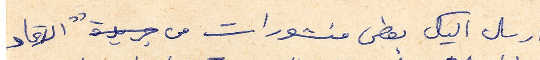
ارسل اليك بعض منشورات من جريدة " الاتحاد